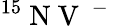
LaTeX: ^{15}\mathrm{~N~V~}^{\mathrm{~-~}}